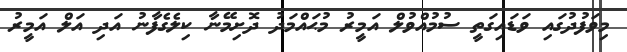
މިވަފުދުގައި ވަޑައިގަތީ ސުމުއްވުލް އަމީރު މުޙައްމަދު ދޮށިމޭނާ ކިލެގެފާނު އަދި އަލް އަމީރު